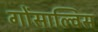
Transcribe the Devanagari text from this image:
गोंसाल्विस